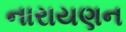
નારાયણન